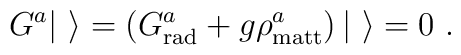
G^{a}| \ \rangle = \left( G_{\rm rad}^{a} + g \rho_{\rm matt}^{a}\right) | \ \rangle = 0  \ .